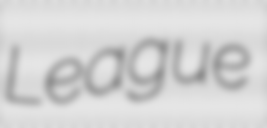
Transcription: League